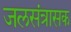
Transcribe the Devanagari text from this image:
जलसंत्रासक